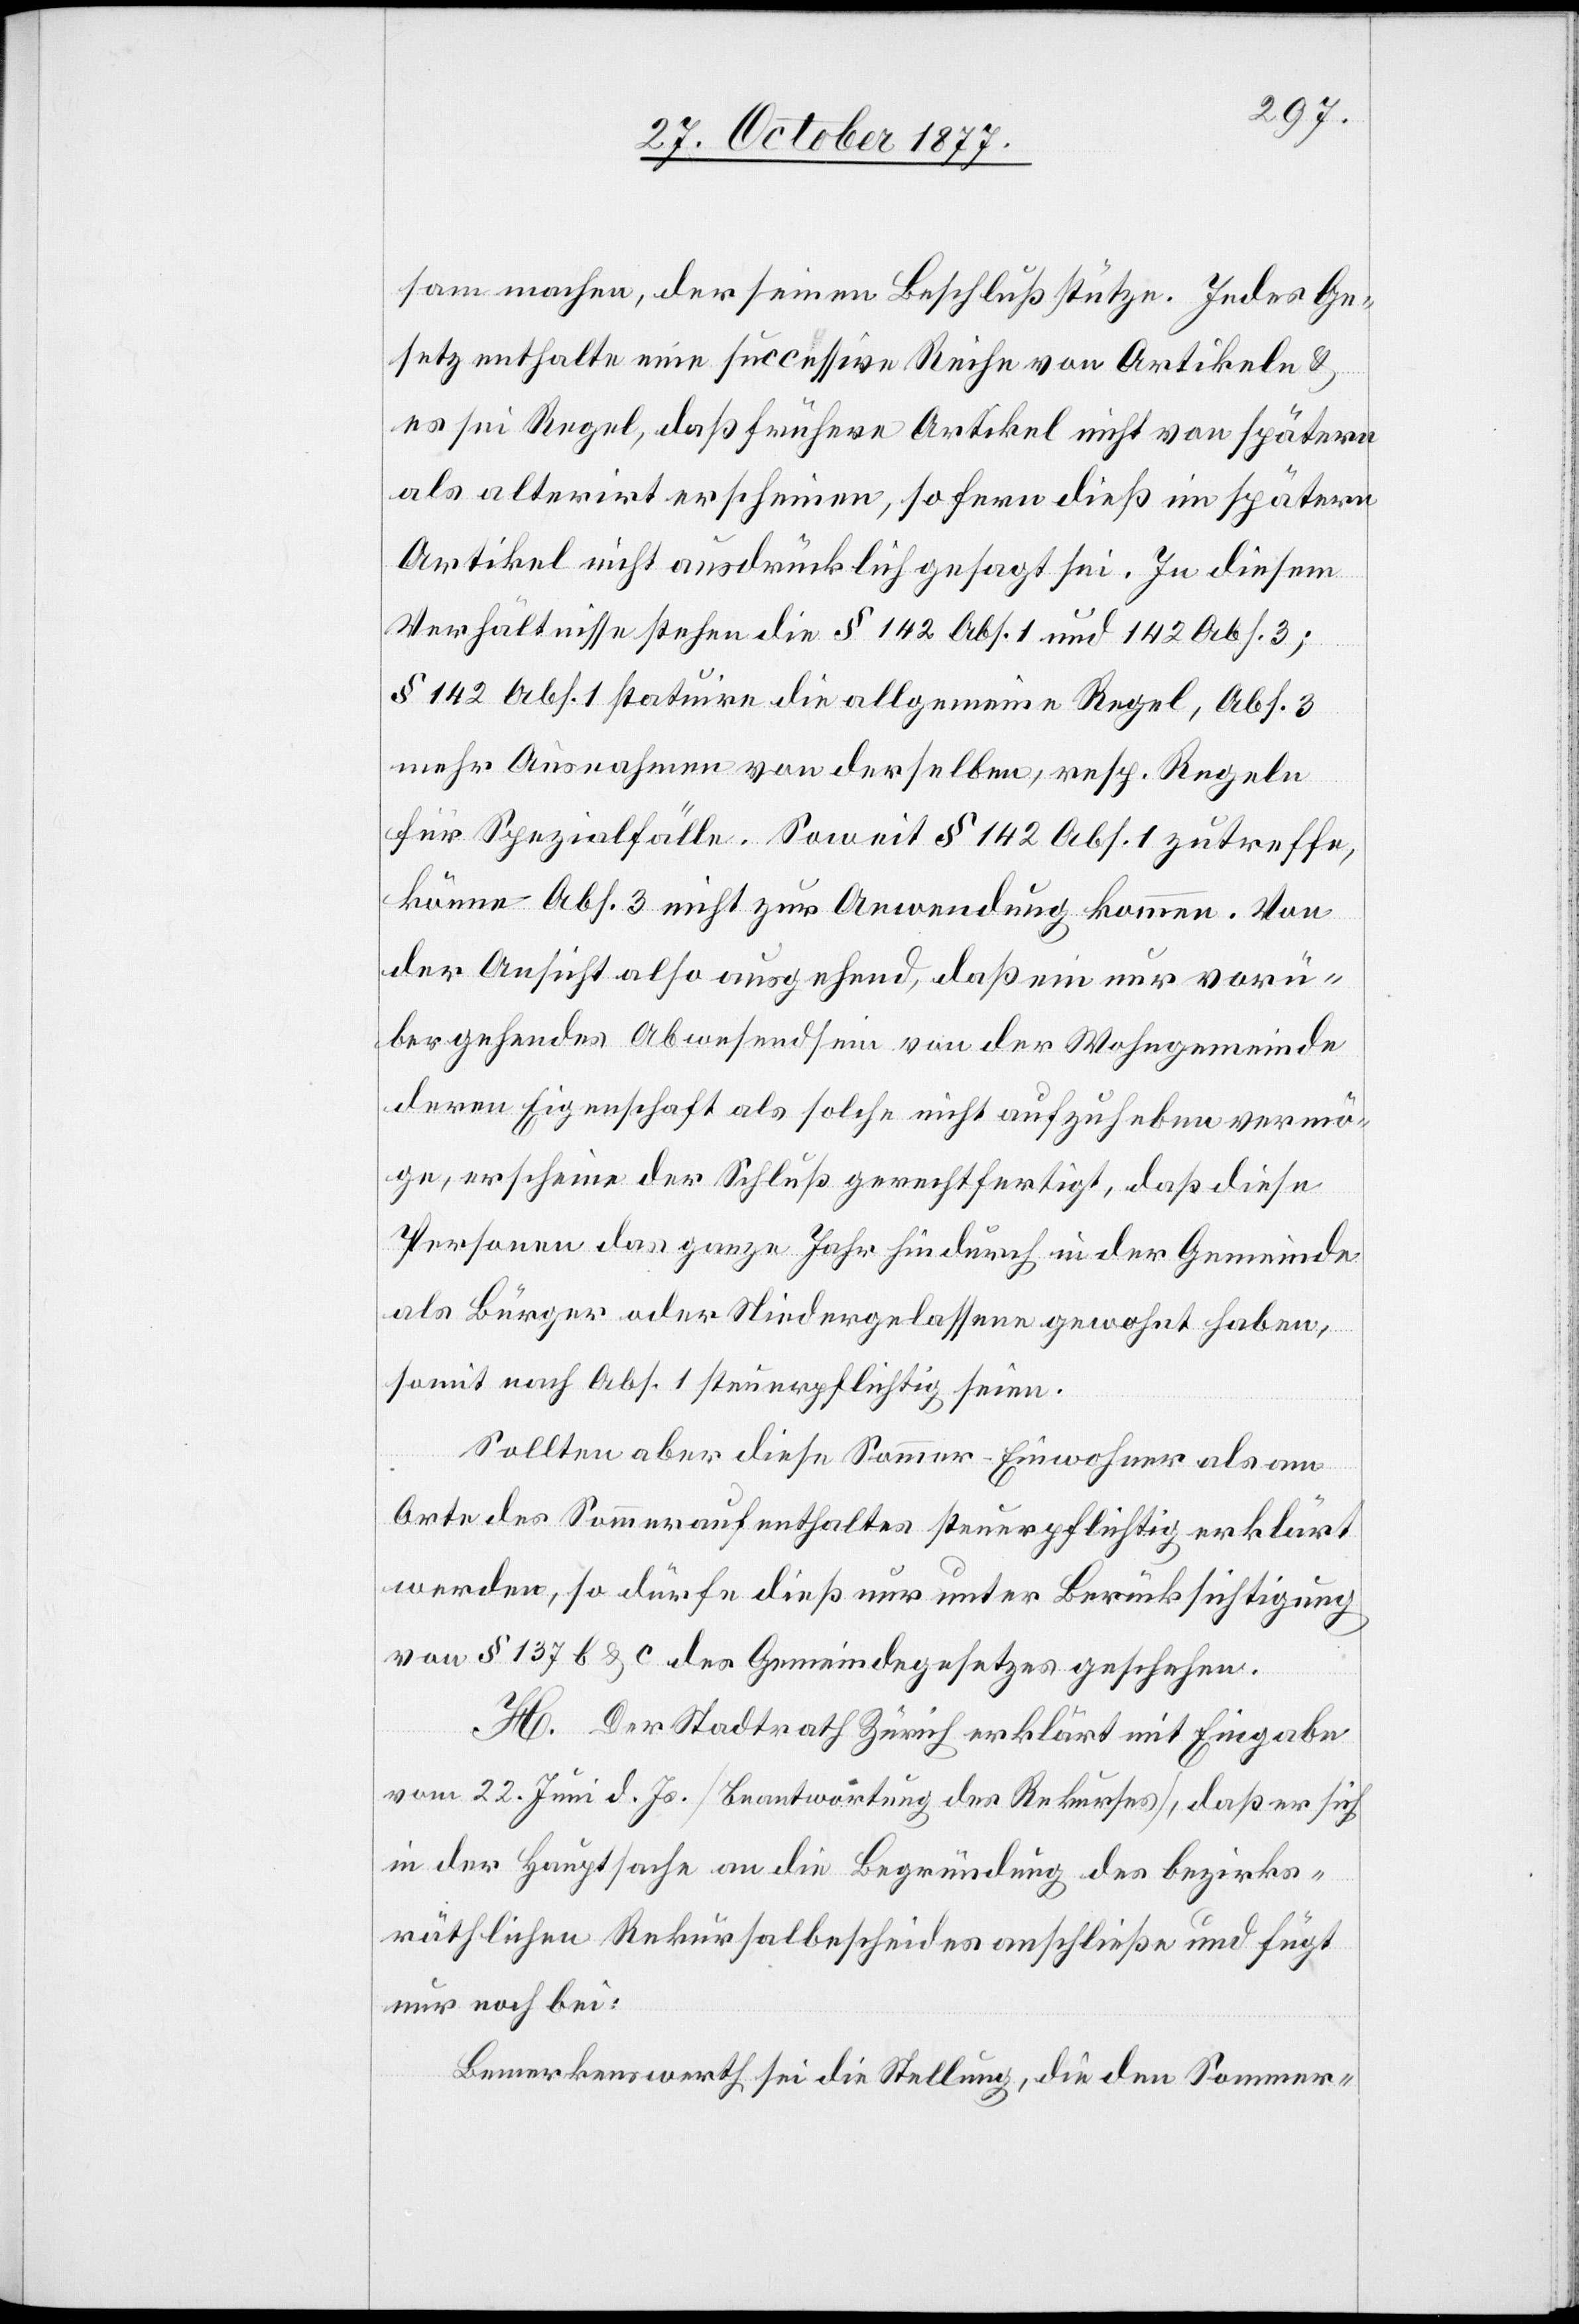
sam machen, der seinen Beschluß stütze. Jedes Ge¬
setz enthalte eine successive Reihe von Artikeln &
es sei Regel, daß frühere Artikel nicht von spätern
als alterirt erscheinen, so fern dieß im spätern
Artikel nicht ausdrücklich gesagt sei. In diesem
Verhältnisse stehen die § 142 Abs. 1 und 142 Abs. 3;
§ 142 Abs. 1 statuire die allgemeine Regel, Abs. 3
mehr Ausnahmen von derselben, resp. Regeln
für Spezialfälle. Soweit § 142 Abs. 1 zutreffe,
könne Abs. 3 nicht zur Anwendung kommen. Von
der Ansicht also ausgehend, daß ein nur vorü¬
bergehendes Abwesendsein von der Wohngemeinde
deren Eigenschaft als solche nicht aufzuheben vermö¬
ge, erscheine der Schluß gerechtfertigt, daß diese
Personen das ganze Jahr hindurch in der Gemeinde
als Bürger oder Niedergelassene gewohnt haben,
somit nach Abs. 1 steuerpflichtig seien.
Sollten aber diese Sommer-Einwohner als am
Orte des Sommeraufenthaltes steuerpflichtig erklärt
werden, so dürfe dieß nur unter Berücksichtigung
von § 137 b & c des Gemeindegesetzes geschehen.
H. Der Stadtrath Zürich erklärt mit Eingabe
vom 22. Juni d. Js. [Beantwortung des Rekurses], daß er sich
in der Hauptsache an die Begründung des bezirks¬
räthlichen Rekursalbescheides anschließe und fügt
nur noch bei:
Bemerkenswerth sei die Stellung, die den Sommer-